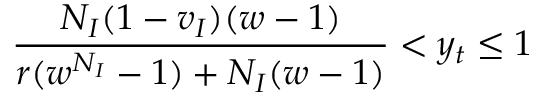
\frac { N _ { I } ( 1 - v _ { I } ) ( w - 1 ) } { r ( w ^ { N _ { I } } - 1 ) + N _ { I } ( w - 1 ) } < y _ { t } \le 1